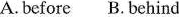
A.before B. Behind